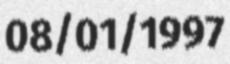
08/01/1997